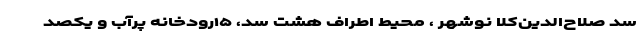
سد صلاح‌الدین‌کلا نوشهر ، محیط اطراف هشت سد، ۱۵رودخانه پرآب و یکصد